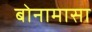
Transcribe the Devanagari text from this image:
बोनामासा